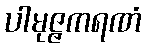
ပါမုဇ္ဇကရဏံ